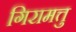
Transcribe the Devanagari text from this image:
गिरामत्तु